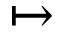
\mapsto